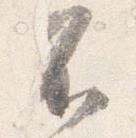
不